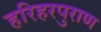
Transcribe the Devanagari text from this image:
हरिहरपुराण